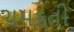
ચમકતી